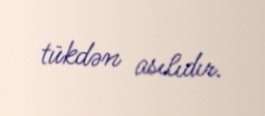
tükdən asılıdır.